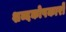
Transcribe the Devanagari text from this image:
शब्दकोषकारों